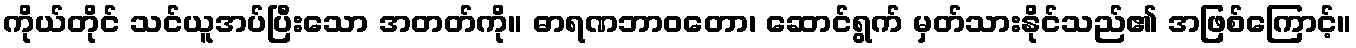
ကိုယ်တိုင် သင်ယူအပ်ပြီးသော အတတ်ကို။ ဓာရဏဘာဝတော၊ ဆောင်ရွက် မှတ်သားနိုင်သည်၏ အဖြစ်ကြောင့်။